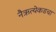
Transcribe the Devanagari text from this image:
नैऋत्येकडचा